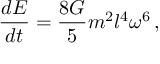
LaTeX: \frac { d E } { d t } = \frac { 8 { \cal G } } { 5 } m ^ { 2 } l ^ { 4 } \omega ^ { 6 } \, ,